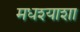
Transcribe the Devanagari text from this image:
मधश्याशा